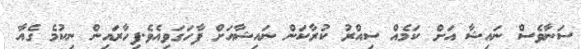
ސަނާވެސް ނައިޝާ އަށް ކަމެއް ސިއްރު ކުރާކަން ނައިޝާއަށް ފާހަގަވިއެވެ.ފިހާރައިން ނިކުމެ ގެއާ